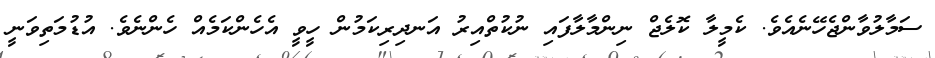
ސަމާލުވާންޖެހޭނެއެވެ. ކެމީލާ ކޮލެޖް ނިންމާލާފައި ނުކުތްއިރު އަނދިރިކަމުން ހީވީ އެހެންކަމެއް ހެންނެވެ. އުޑުމަތިވަނީ